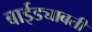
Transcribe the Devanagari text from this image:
बाईड्याबती